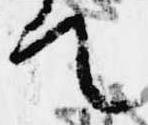
て